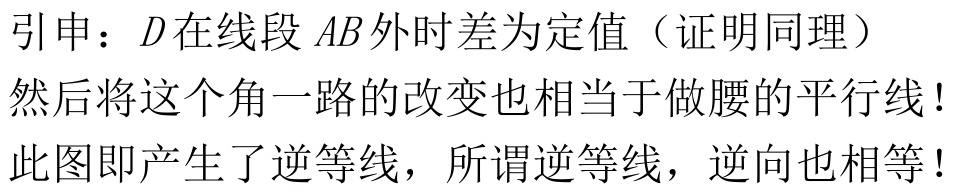
引申：$D$在线段$AB$外时差为定值（证明同理）
然后将这个角一路的改变也相当于做腰的平行线！
此图即产生了逆等线，所谓逆等线，逆向也相等！